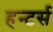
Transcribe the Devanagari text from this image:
हन्टर्स